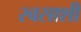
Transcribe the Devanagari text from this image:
स्वसाशी